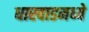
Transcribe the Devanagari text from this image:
धारवाडमध्ये